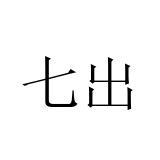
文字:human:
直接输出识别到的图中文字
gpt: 七出